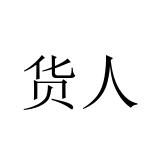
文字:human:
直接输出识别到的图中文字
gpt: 货人